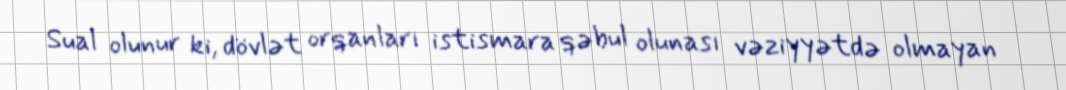
Sual olunur ki, dövlət orqanları istismara qəbul olunası vəziyyətdə olmayan